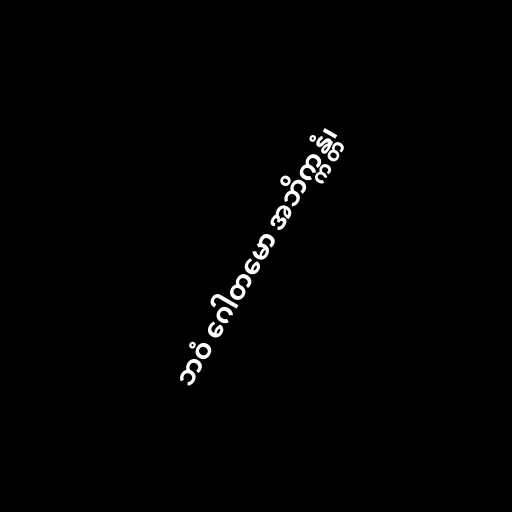
ဘဝံ ဂေါတမော အဘိက္ကန္တံ၊